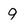
Character: 9